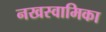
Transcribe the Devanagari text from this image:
नखस्वामिका